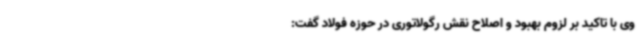
وی با تاکید بر لزوم بهبود و اصلاح نقش رگولاتوری در حوزه فولاد گفت: